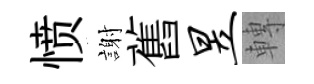
愤謝舊昱轉